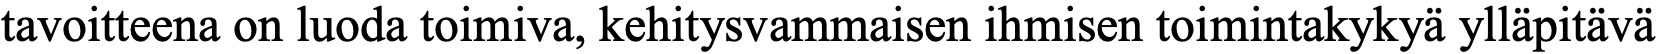
tavoitteena on luoda toimiva, kehitysvammaisen ihmisen toimintakykyä ylläpitävä